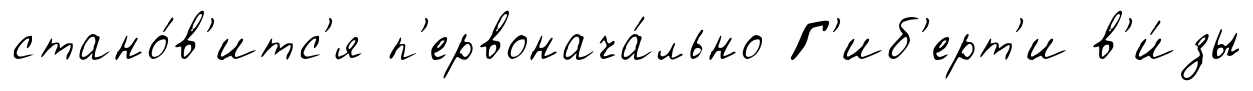
стано́в'итс'я п'ервонача́льно Г'иб'ерт'и в'и́зы